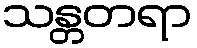
သန္တတရာ